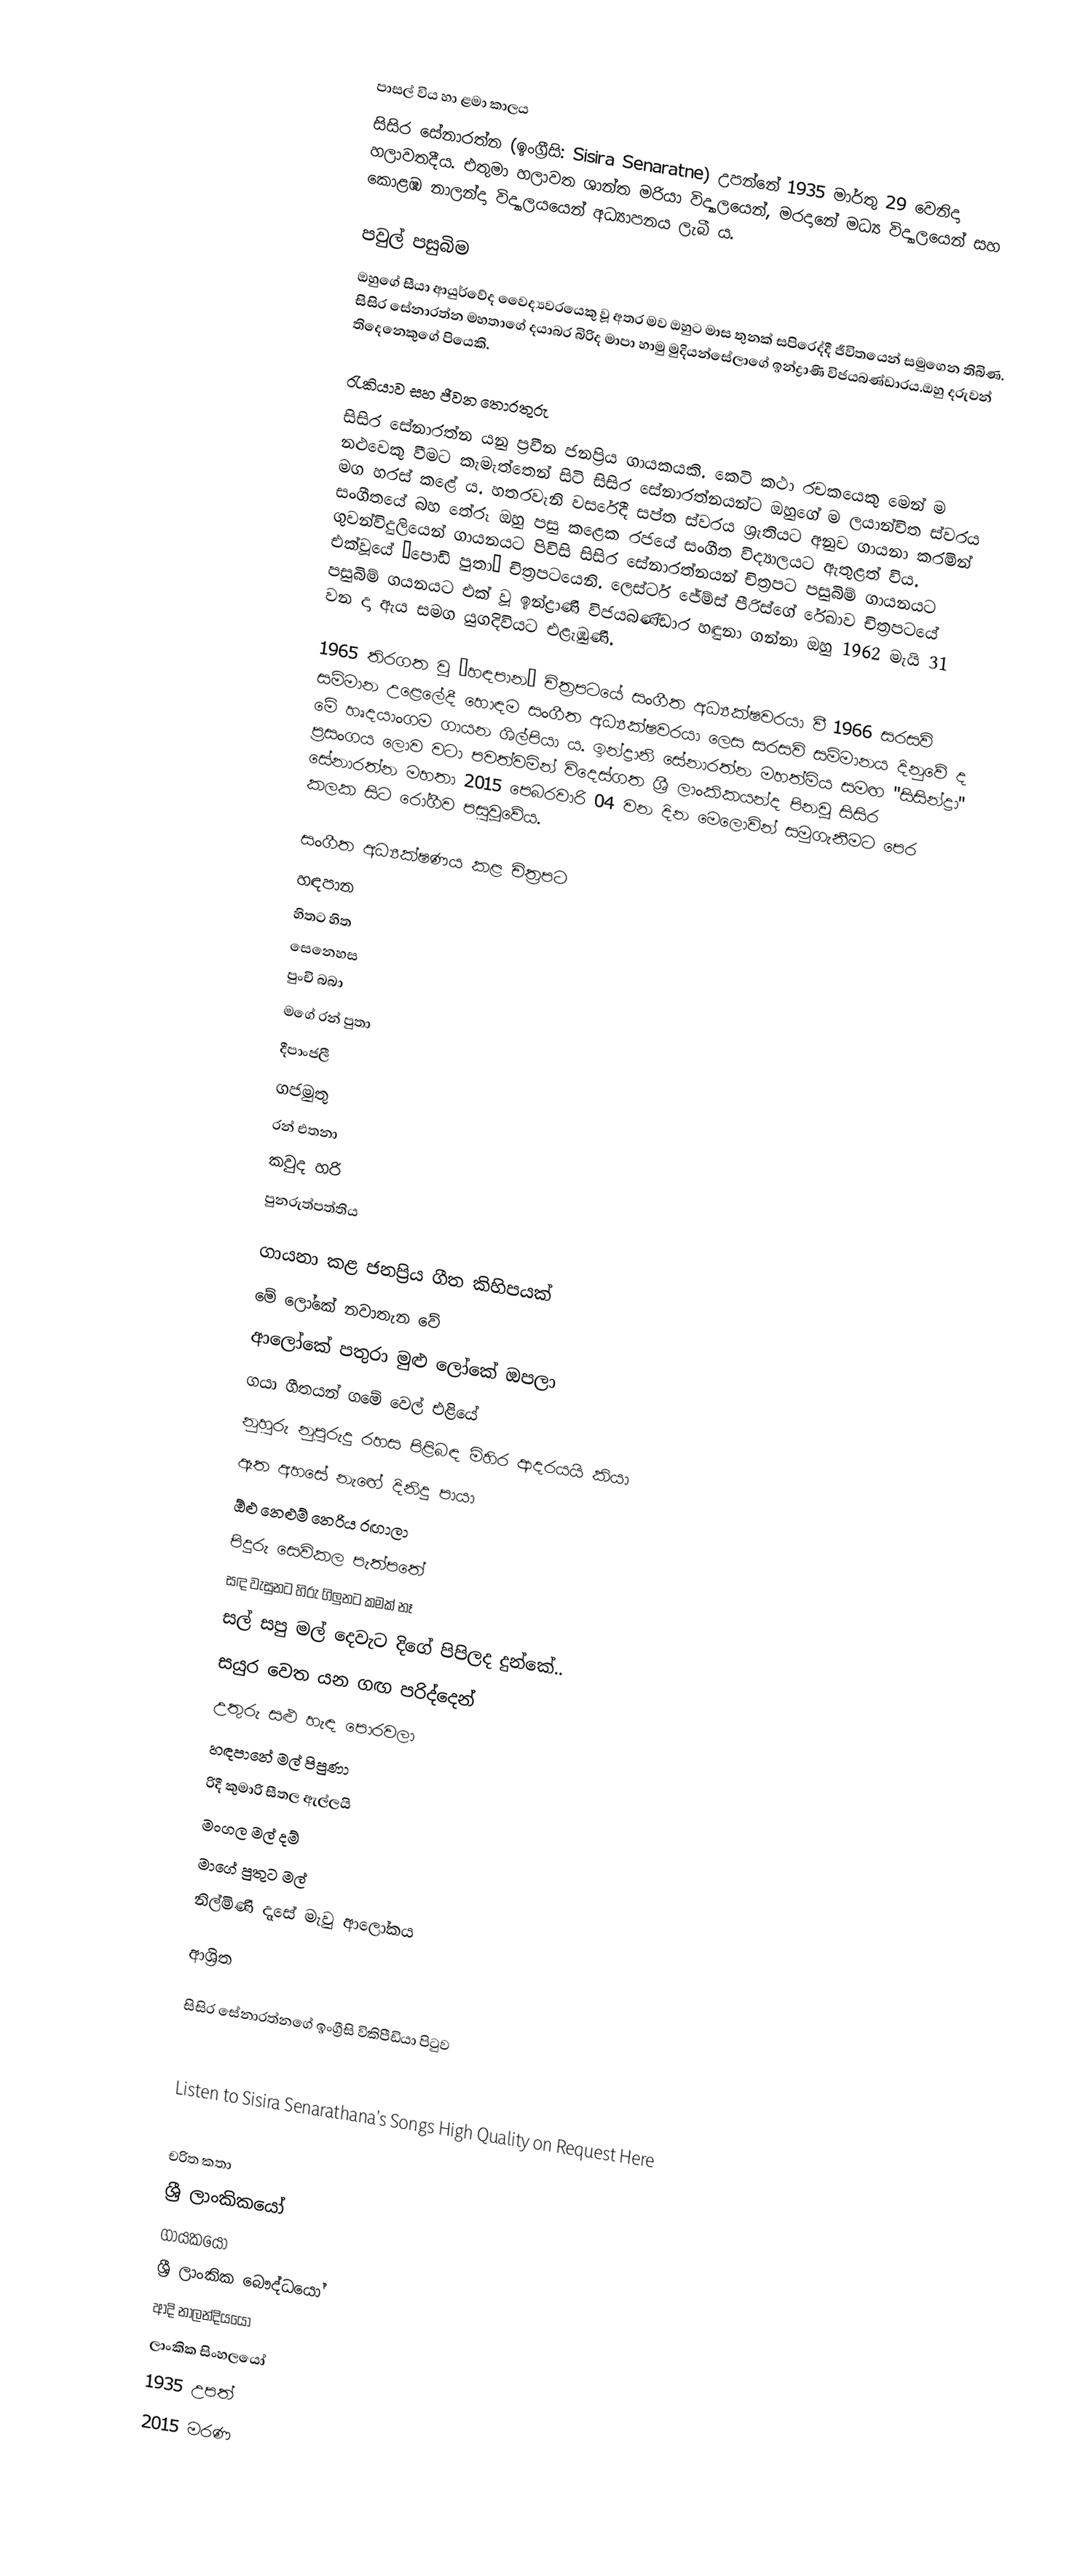

පාසල් විය හා ළමා කාලය
සිසිර සේනාරත්න (ඉංග්‍රීසි: Sisira Senaratne) උපන්නේ 1935 මාර්තු 29 වෙනිදා හලාවතදීය. එතුමා හලාවත ශාන්ත මරියා විද්‍යාලයෙන්, මරදානේ මධ්‍ය විද්‍යාලයෙන් සහ කොළඹ නාලන්දා විද්‍යාලයයෙන් අධ්‍යාපනය ලැබී ය.

පවුල් පසුබිම
ඔහුගේ සීයා ආයුර්වේද වෛද්‍යවරයෙකු වූ අතර මව ඔහුට මාස තුනක් සපිරෙද්දී ජීවිතයෙන් සමුගෙන තිබිණ. සිසිර සේනාරත්න මහතාගේ දයාබර බිරිද මාපා හාමු මුදියන්සේලාගේ ඉන්ද්‍රාණි විජයබණ්ඩාරය.ඔහු දරුවන් තිදෙනෙකුගේ පියෙකි.

රැකියාව සහ ජීවන තොරතුරු
සිසිර සේනාරත්න  යනු ප්‍රවීන ජනප්‍රිය ගායකයකි. කෙටි කථා රචකයෙකු මෙන් ම නළුවෙකු වීමට කැමැත්තෙන් සිටි සිසිර සේනාරත්නයන්ට ඔහුගේ ම ලයාන්විත ස්වරය මග හරස් කළේ ය. හතරවැනි වසරේදී සප්ත ස්වරය ශ්‍රැතියට අනුව ගායනා කරමින් සංගීතයේ බහ තේරූ ඔහු පසු කළෙක රජයේ සංගීත විද්‍යාලයට ඇතුළත් විය. ගුවන්විදුලියෙන් ගායනයට පිවිසි සිසිර සේනාරත්නයන් චිත්‍රපට පසුබිම් ගායනයට එක්වූයේ ‘පොඩි පුතා’ චිත්‍රපටයෙනි. ලෙස්ටර් ජේම්ස් පීරිස්ගේ  රේඛාව චිත්‍රපටයේ පසුබිම් ගයනයට එක් වූ ඉන්ද්‍රාණි විජයබණ්ඩාර හඳුනා ගන්නා ඔහු 1962 මැයි 31 වන දා ඇය සමග යුගදිවියට එළැඹුණි.

1965 තිරගත වූ ‘හඳපාන’ චිත්‍රපටයේ සංගීත අධ්‍යක්ෂවරයා වී 1966 සරසවි සම්මාන උළෙ‍ලේදී හොඳම සංගීත අධ්‍යක්ෂවරයා ලෙස සරසවි සම්මානය දිනුවේ ද මේ හෘදයාංගම ගායන ශිල්පියා ය. ඉන්ද්‍රානි සේනාරත්න මහත්මිය සමඟ "සිසින්ද්‍රා" ප්‍රසංගය ලොව වටා පවත්වමින් විදෙස්‌ගත ශ්‍රී ලාංකිකයන්ද පිනවූ සිසිර සේනාරත්න මහතා 2015 පෙබරවාරි 04 වන දින මෙලොවින් සමුගැනීමට පෙර කලක සිට රෝගීව පසුවූවේය.

සංගීත අධ්‍යක්ෂණය කළ චිත්‍රපට
 හඳපාන
 හිතට හිත
 සෙනෙහස
 පුංචි බබා
 මගේ රන් පුතා
 දීපාංජලී
 ගජමුතු
 රන් එතනා
 කවුද හරි
 පුනරුත්පත්තිය

ගායනා කළ ජනප්‍රිය ගීත කිහිපයක්
 මේ ලෝකේ නවාතැන වේ
 ආලෝකේ පතුරා මුළු ලෝකේ ඔපලා
 ගයා ගීතයන් ගමේ වෙල් එළියේ
 නුහුරු නුපුරුදු ‍රහස පිළිබඳ මිහිර ආදරයයි කියා
 ඈත අහසේ නැඟේ දිනිදු පායා
 ඕළු නෙළුම් නෙරිය රඟාලා
 පිදුරු සෙවිකල පැත්පතේ
 සඳ වැසුනට හිරු ගිලුනට කමක් නෑ
 සල් සපු මල් දෙවැට දිගේ පිපිලද දුන්කේ..
 සයුර වෙත යන ගඟ පරිද්දෙන්
 උතුරු සළු හැඳ පොරවලා
 හඳපානේ මල් පිපුණා
 රිදී කුමාරි සීතල ඇල්ලයි
 මංගල මල් දම්
 මාගේ පුතුට මල්
 නිල්මිණි දෑසේ මැවු ආලෝකය

ආශ්‍රිත

  සිසිර සේනාරත්නගේ ඉංග්‍රීසි විකිපීඩියා පිටුව

Listen to Sisira Senarathana's Songs High Quality on Request Here

චරිත කතා
ශ්‍රී ලාංකිකයෝ
ගායකයෝ
ශ්‍රී ලාංකික බෞද්ධයෝ
ආදි නාලන්දියයෝ
ලාංකික සිංහලයෝ
1935 උපත්
2015 මරණ